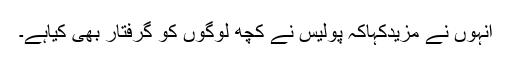
انہوں نے مزیدکہاکہ پولیس نے کچھ لوگوں کو گرفتار بھی کیاہے۔